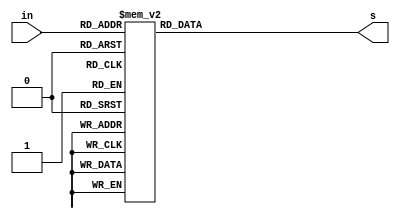

`timescale 1ns / 1ps
//////////////////////////////////////////////////////////////////////////////////
// Company: 
// Engineer: 
// 
// Design Name: 
// Module Name: b27
// Project Name: 
// Target Devices: 
// Tool Versions: 
// Description: 
// 
// Dependencies: 
// 
// Revision:
// Revision 0.01 - File Created
// Additional Comments:
// 
//////////////////////////////////////////////////////////////////////////////////



module b27(
input [3:0]in,
output reg [6:0]s
    );
    
    //this module was heavily inspired by the given bcd_to_7seg module, but was made to reduce
    //typing in top level modules.
always @ (in)
      begin
      case (in) 
    4'b0000: begin s[0]=0; s[1]=0; s[2]=0; s[3]=1; s[4]=0; s[5]=0; s[6]=0; end //0
    4'b0001: begin s[0]=1; s[1]=0; s[2]=1; s[3]=1; s[4]=0; s[5]=1; s[6]=1; end //1
    4'b0010: begin s[0]=0; s[1]=1; s[2]=0; s[3]=0; s[4]=0; s[5]=1; s[6]=0; end //2
    4'b0011: begin s[0]=0; s[1]=0; s[2]=1; s[3]=0; s[4]=0; s[5]=1; s[6]=0; end //3
    4'b0100: begin s[0]=1; s[1]=0; s[2]=1; s[3]=0; s[4]=0; s[5]=0; s[6]=1; end //4
    4'b0101: begin s[0]=0; s[1]=0; s[2]=1; s[3]=0; s[4]=1; s[5]=0; s[6]=0; end //5
    4'b0110: begin s[0]=0; s[1]=0; s[2]=0; s[3]=0; s[4]=1; s[5]=0; s[6]=0; end //6
    4'b0111: begin s[0]=1; s[1]=0; s[2]=1; s[3]=1; s[4]=0; s[5]=1; s[6]=0; end //7
    4'b1000: begin s[0]=0; s[1]=0; s[2]=0; s[3]=0; s[4]=0; s[5]=0; s[6]=0; end //8
    4'b1001: begin s[0]=0; s[1]=0; s[2]=1; s[3]=0; s[4]=0; s[5]=0; s[6]=0; end //9
    4'b1010: begin s[0]=1; s[1]=0; s[2]=0; s[3]=0; s[4]=0; s[5]=0; s[6]=0; end //A
    4'b1011: begin s[0]=0; s[1]=0; s[2]=0; s[3]=0; s[4]=1; s[5]=0; s[6]=1; end //B
    4'b1100: begin s[0]=0; s[1]=1; s[2]=0; s[3]=1; s[4]=1; s[5]=0; s[6]=0; end //C
    4'b1101: begin s[0]=0; s[1]=0; s[2]=0; s[3]=0; s[4]=0; s[5]=1; s[6]=1; end //D
    4'b1110: begin s[0]=0; s[1]=1; s[2]=0; s[3]=0; s[4]=1; s[5]=0; s[6]=0; end //E
    4'b1111: begin s[0]=1; s[1]=1; s[2]=0; s[3]=0; s[4]=1; s[5]=0; s[6]=0; end //F
    default: begin s[0]=1; s[1]=1; s[2]=1; s[3]=1; s[4]=1; s[5]=1; s[6]=1; end //off
    endcase
    end    
endmodule